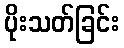
ပိုးသတ်ခြင်း